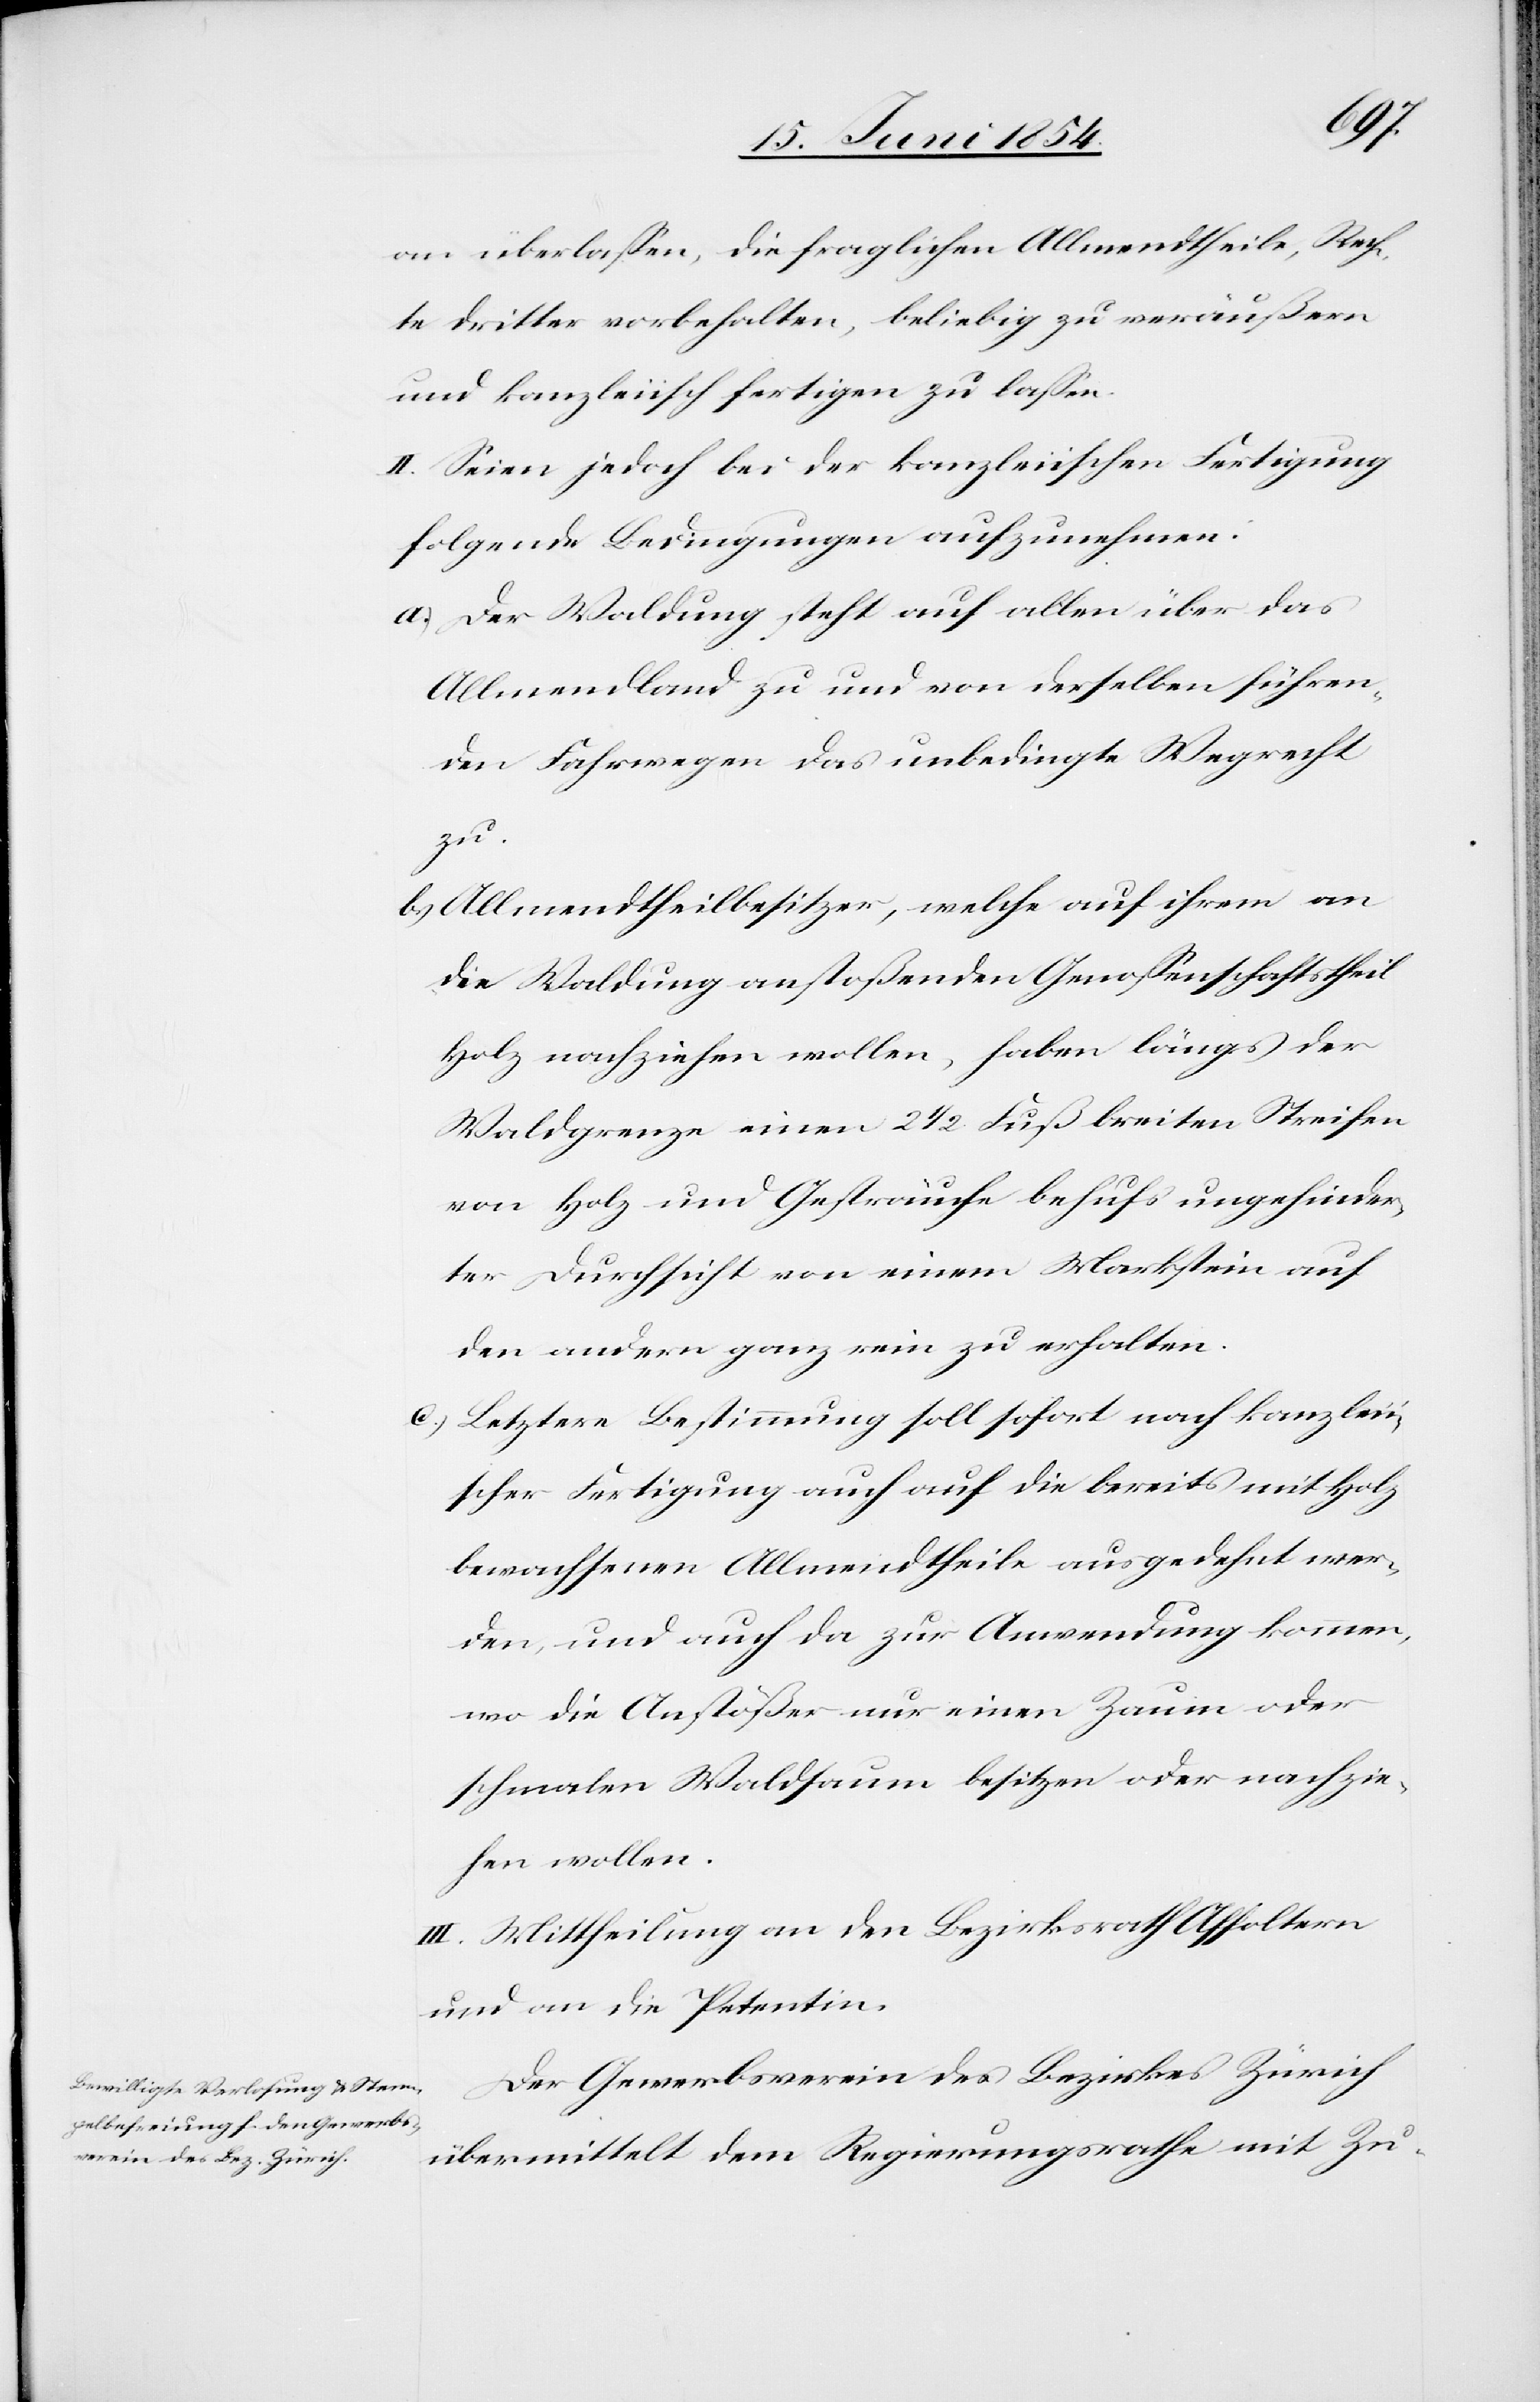
an überlaßen, die fraglichen Allmendtheile, Rech¬
te dritter vorbehalten, beliebig zu veräußern
und kanzleiisch fertigen zu laßen.
II. Seien jedoch bei der kanzleiischen Fertigung
folgende Bedingungen aufzunehmen:
a.) Der Waldung steht auf allen über das
Allmendland zu und von derselben führen¬
den Fahrwegen das unbedingte Wegrecht
zu.
b.) Allmendtheilbesitzer, welche auf ihrem an
die Waldung anstoßenden Genoßenschaftstheil
Holz nachziehen wollen, haben längs der
Waldgrenze einen 2 1/2 Fuß breiten Streifen
von Holz und Gesträuche behufs ungehinder¬
ter Durchsicht von einem Markstein auf
den andern ganz rein zu erhalten.
c.) Letztere Bestimmung soll sofort nach kanzleii¬
scher Fertigung auch auf die bereits mit Holz
bewachsenen Allmendtheile ausgedehnt wer¬
den und auch da zur Anwendung kommen,
wo die Anstößer nur einen Zaum oder
schmalen Waldsaum besitzen oder nachzie¬
hen wollen.
III. Mittheilung an den Bezirksrath Affoltern
und an die Petentin.
Der Gewerbsverein des Bezirkes Zürich
übermittelt dem Regierungsrathe mit Zu-